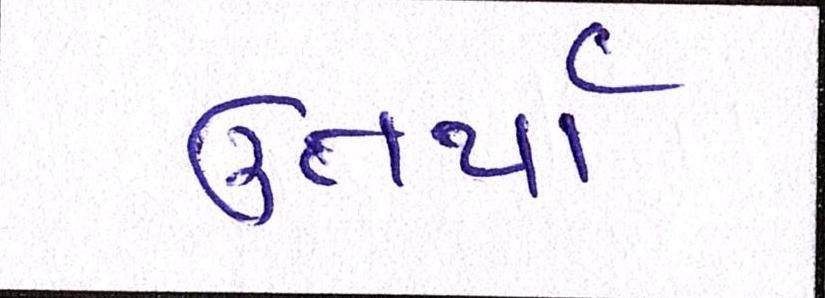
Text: ઉતર્યા